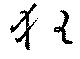
狂